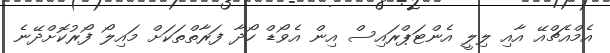
އެމްއެޗްއޭ އާއި ލިލީ އެންޓަޕްރައިސް އިން އެވޯޑް ހޯދާ ފަރާތްތަކަށް މައިލޯ ފޯރުކޮށްދޭނެ